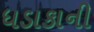
ધડાકાની